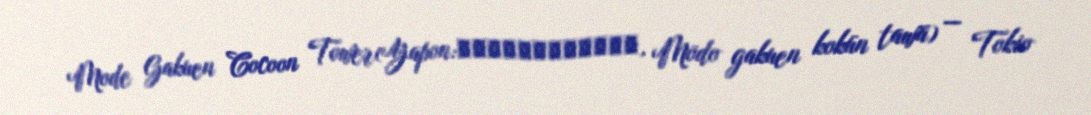
Mode Gakuen Cocoon Tower(Yapon:モード学園コクーンタワー, Mōdo gakuen kokūn tawā) — Tokio